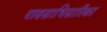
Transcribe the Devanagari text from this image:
पावसाभिसारिका